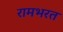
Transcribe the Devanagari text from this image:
रामभरत